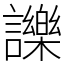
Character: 𧭥